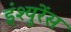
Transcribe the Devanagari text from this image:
इंश्युरेंस